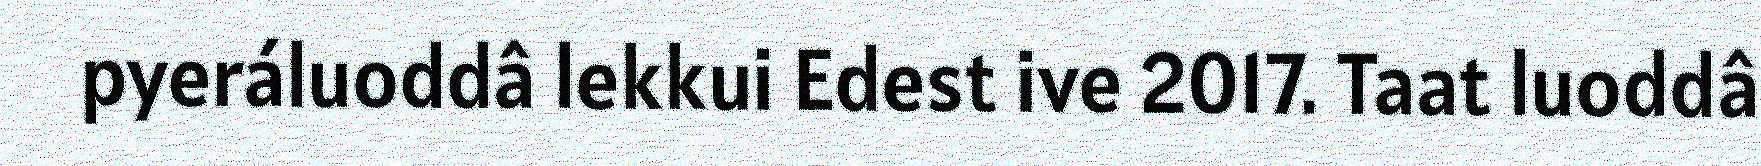
pyeráluoddâ lekkui Edest ive 2017. Taat luoddâ